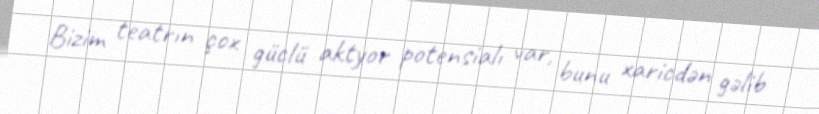
Bizim teatrın çox güclü aktyor potensialı var, bunu xaricdən gəlib